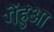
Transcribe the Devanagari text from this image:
गेंहुआ